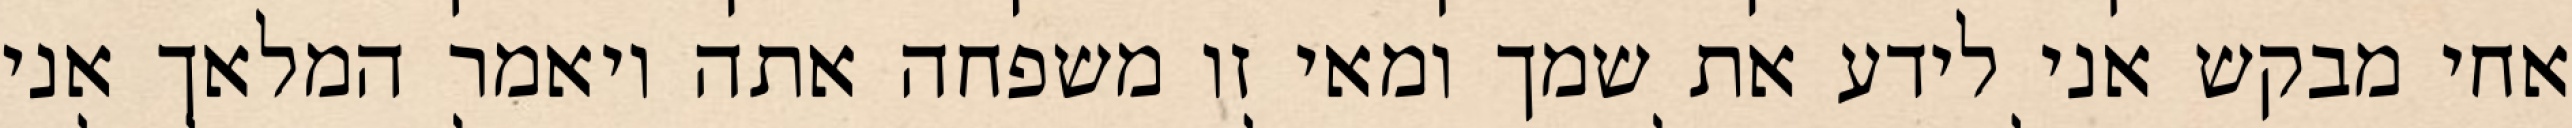
אחי מבקש אני לידע את שמך ומאי זו משפחה אתה ויאמר המלאך אני